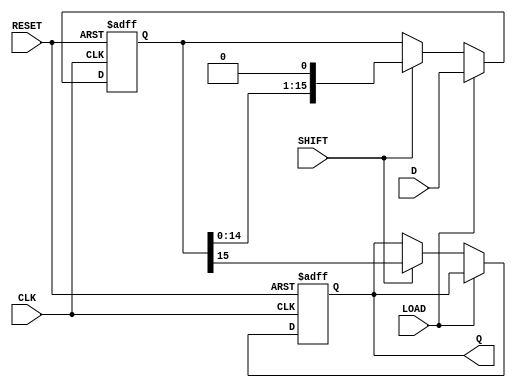
module PISO_Register (
    input wire [15:0] D,      // 16-bit data input
    input wire LOAD,          // Load control signal
    input wire SHIFT,         // Shift control signal
    input wire CLK,           // Clock signal
    input wire RESET,         // Asynchronous reset signal
    output reg Q              // Serial output
);

    reg [15:0] shift_reg;     // 16-bit shift register

    always @(posedge CLK or posedge RESET) begin
        if (RESET) begin
            shift_reg <= 16'b0; // Clear the register on reset
            Q <= 1'b0;          // Clear the output on reset
        end else begin
            if (LOAD) begin
                shift_reg <= D; // Load data into the shift register
            end else if (SHIFT) begin
                Q <= shift_reg[15]; // Output the MSB
                shift_reg <= {shift_reg[14:0], 1'b0}; // Shift left
            end
        end
    end

endmodule